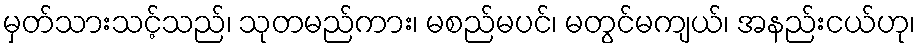
မှတ်သားသင့်သည်၊ သုတမည်ကား၊ မစည်မပင်၊ မတွင်မကျယ်၊ အနည်းငယ်ဟု၊